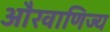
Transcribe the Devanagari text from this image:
औरवाणिज्य